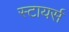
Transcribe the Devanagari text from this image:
स्टायर्स